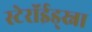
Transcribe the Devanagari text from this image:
स्टेरॉईड्स्ना